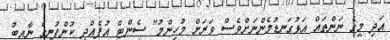
އަދި މީގެ ނަންތައް އަޅުގަނޑުމެންނަށްވެސް ވަރަށް މުހިންމު" ސެންޓް އުފެއްދި ކުންފުނީގެ ނާއިބު